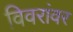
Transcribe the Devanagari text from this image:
विवरांवर